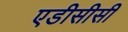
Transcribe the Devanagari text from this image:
एडीसीसी